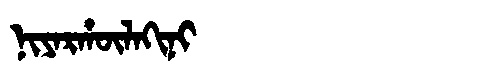
Manchu: ᠨᡳᠶᠠᡵᡥᡡᠯᠠᡴᡳᠨᡳ
Romanization: NIYARHŪLAKINI